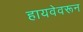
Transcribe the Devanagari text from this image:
हायवेवरून